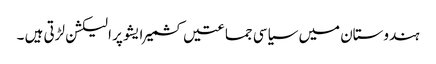
ہندوستان میں سیاسی جماعتیں کشمیر ایشو پر الیکشن لڑتی ہیں ۔